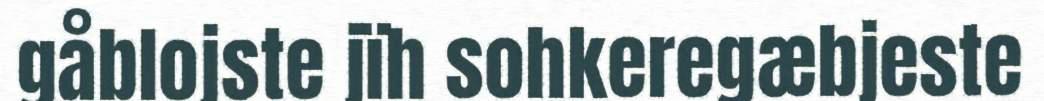
gåblojste jïh sohkeregæbjeste